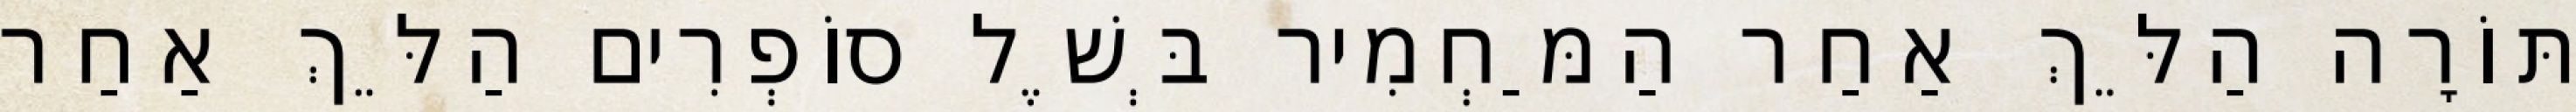
תּוֹרָה הַלֵּךְ אַחַר הַמַּחְמִיר בְּשֶׁל סוֹפְרִים הַלֵּךְ אַחַר